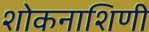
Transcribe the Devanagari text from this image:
शोकनाशिणी